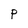
Character: P